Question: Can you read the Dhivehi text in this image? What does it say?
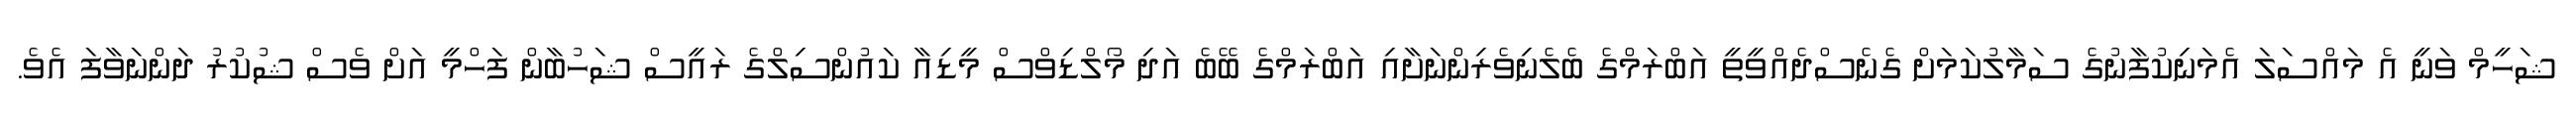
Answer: ޝަހީމް ވަނީ އެ މައްސަލަ އެމަނިކުފާނުގެ ސަމާލުކަމަށް ގެނެސްދެއްވީތީ އަބްރަމްގެ ބެލެނިވެރިންނަށާއި އަބްރަމްގެ ބޭބެ އަދި މޯލްޑިވްސް މީޑިއާ ކައުންސިލްގެ ރައީސް ޝަހުބާން ފަހްމީ އަށް ވެސް ޝުކުރު ދަންނަވާފަ އެވެ.